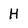
Character: H